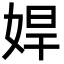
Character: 娨